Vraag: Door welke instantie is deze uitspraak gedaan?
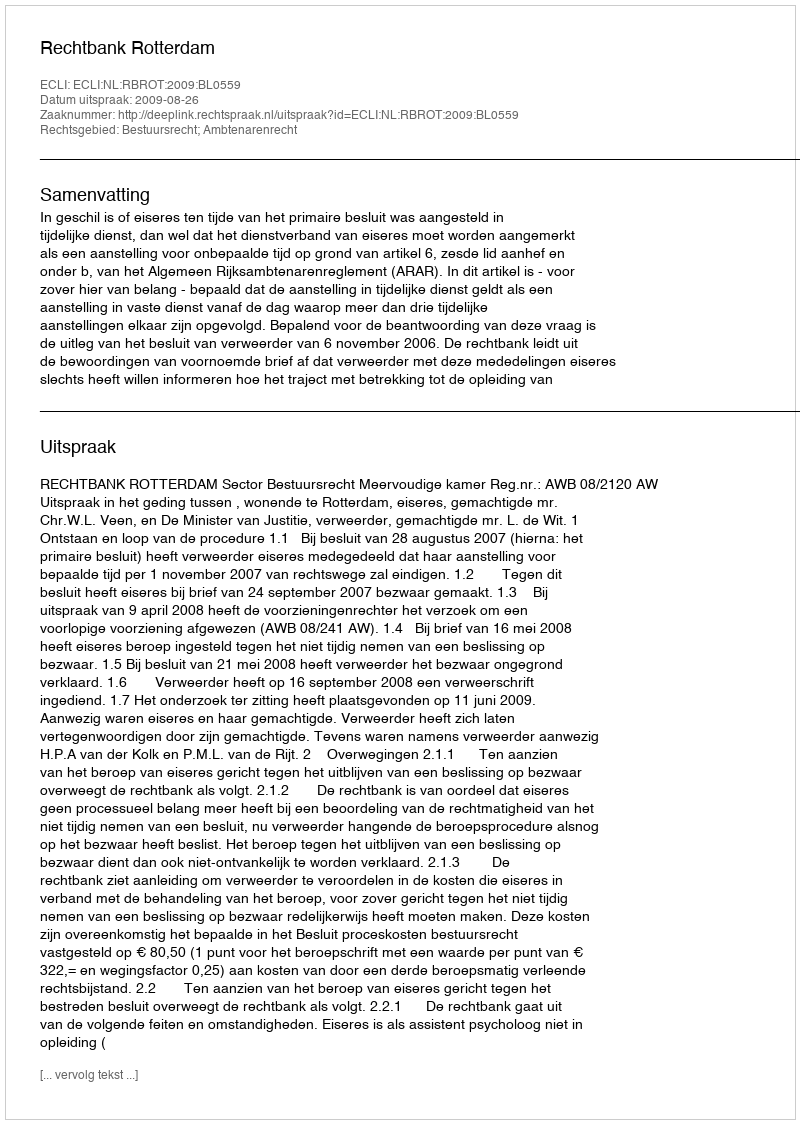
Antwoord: Rechtbank Rotterdam